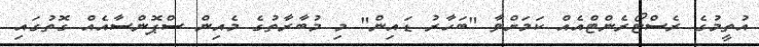
އުތީމުގެ ރެސްޓޯރެންޓްއެއް ކަމަށްވާ "ބަހާރު ޑައިން" މި މުބާރާތުގެ މެއިން ސްޕޮންސާއެއް ގޮތުގައި